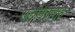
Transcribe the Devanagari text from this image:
सलीमउल्लाह